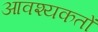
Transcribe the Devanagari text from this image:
आवश्यकतों